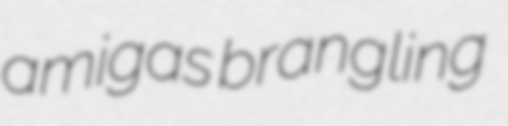
amigas brangling